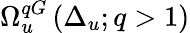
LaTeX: \Omega_{u}^{qG}\left(\Delta_{u};q>1\right)